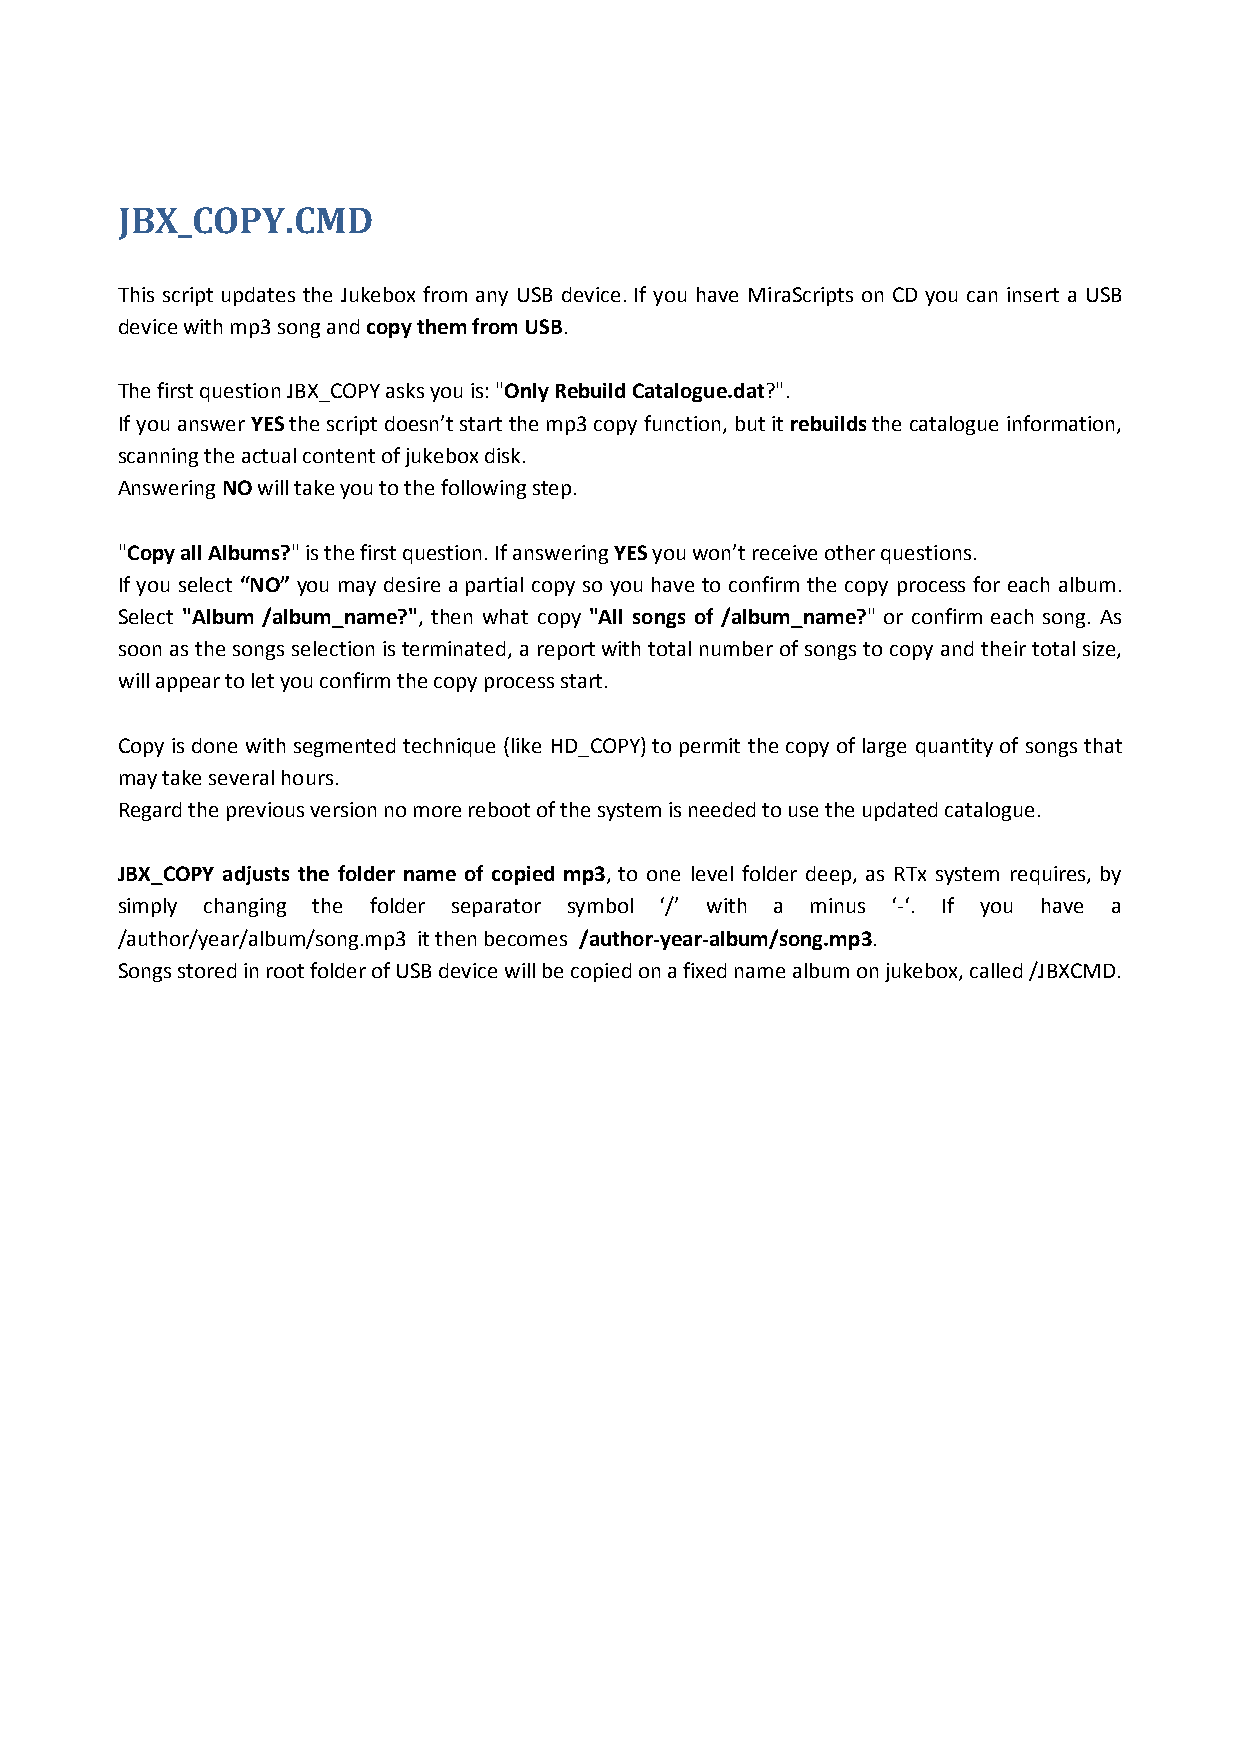
JBX_COPY.CMD
 This script updates the Jukebox from any USB device. If you have MiraScripts on CD you can insert a USB
 device with mp3 song and copy them from USB.
 The first question JBX_COPY asks you is: "Only Rebuild Catalogue.dat?".
 If you answer YES the script doesn’t start the mp3 copy function, but it rebuilds the catalogue information,
 scanning the actual content of jukebox disk.
 Answering NO will take you to the following step.
 "Copy all Albums?" is the first question. If answering YES you won’t receive other questions.
 If you select “NO” you may desire a partial copy so you have to confirm the copy process for each album.
 Select "Album /album_name?", then what copy "All songs of /album_name?" or confirm each song. As
 soon as the songs selection is terminated, a report with total number of songs to copy and their total size,
 will appear to let you confirm the copy process start.
 Copy is done with segmented technique (like HD_COPY) to permit the copy of large quantity of songs that
 may take several hours.
 Regard the previous version no more reboot of the system is needed to use the updated catalogue.
 JBX_COPY adjusts the folder name of copied mp3, to one level folder deep, as RTx system requires, by
 simply changing the folder separator symbol ‘/’ with a minus ‘-‘. If you have a
 /author/year/album/song.mp3 it then becomes /author-year-album/song.mp3.
 Songs stored in root folder of USB device will be copied on a fixed name album on jukebox, called /JBXCMD.